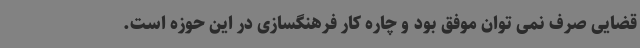
قضایی صرف نمی توان موفق بود و چاره کار فرهنگسازی در این حوزه است.